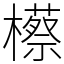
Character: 櫒